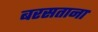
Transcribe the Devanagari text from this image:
बरसताना